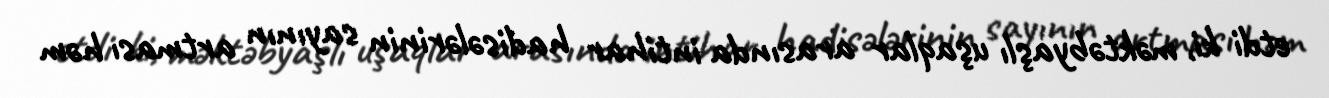
etdi ki, məktəbyaşlı uşaqlar arasında intihar hadisələrinin sayının artması həm